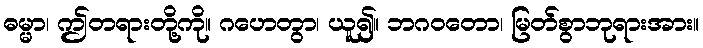
ဓမ္မာ၊ ဤတရားတို့ကို။ ဂဟေတွာ၊ ယူ၍။ ဘဂဝတော၊ မြတ်စွာဘုရားအား။